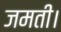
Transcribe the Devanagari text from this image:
जमती।